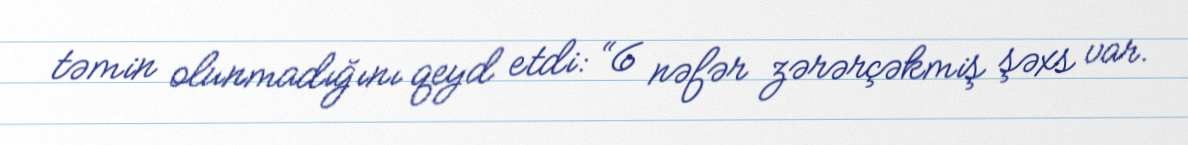
təmin olunmadığını qeyd etdi: “6 nəfər zərərçəkmiş şəxs var.